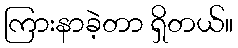
ကြားနာခဲ့တာ ရှိတယ်။